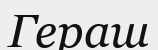
Гераш